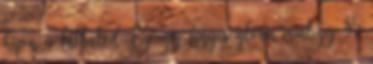
képen is láthatod. Ez egy fényes glória mintegy 85